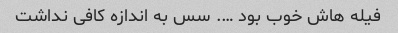
فیله هاش خوب بود …. سس به اندازه کافی نداشت